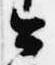
公